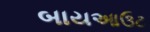
બાયઆઉટ